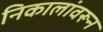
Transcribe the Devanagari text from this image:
निकालांवरून